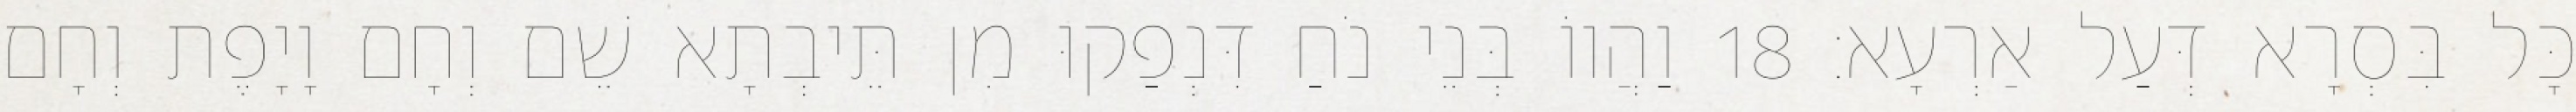
כָּל בִּסְרָא דְּעַל אַרְעָא׃ 18 וַהֲווֹ בְּנֵי נֹחַ דִּנְפַקוּ מִן תֵּיבְתָא שֵׁם וְחָם וָיָפֶת וְחָם